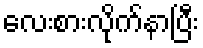
လေးစားလိုက်နာပြီး